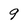
Character: 9